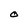
Character: O